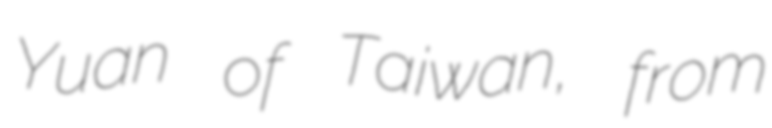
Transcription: Yuan of Taiwan, from